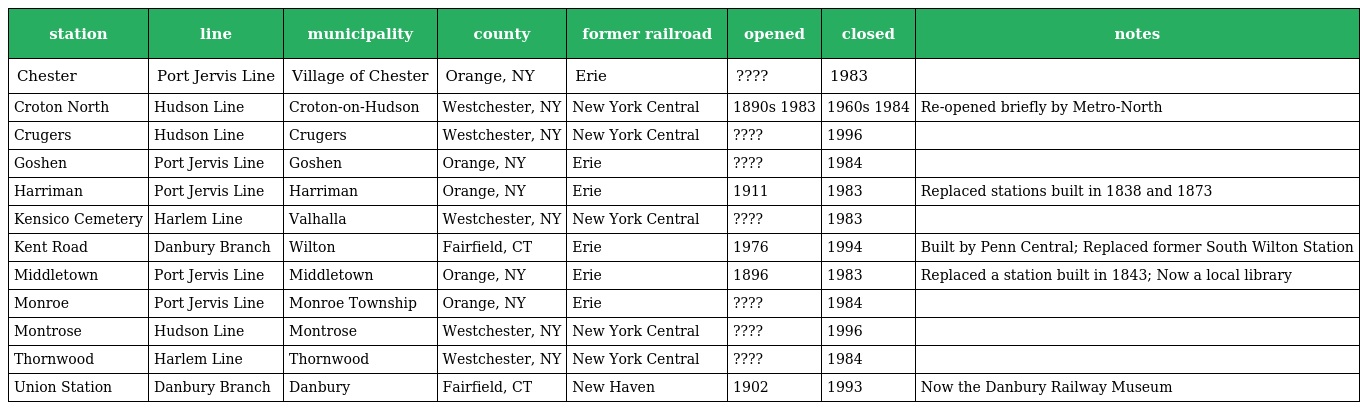
| station | line | municipality | county | former railroad | opened | closed | notes |
 | --- | --- | --- | --- | --- | --- | --- | --- |
 | Chester | Port Jervis Line | Village of Chester | Orange, NY | Erie | ???? | 1983 |  |
 | Croton North | Hudson Line | Croton-on-Hudson | Westchester, NY | New York Central | 1890s 1983 | 1960s 1984 | Re-opened briefly by Metro-North |
 | Crugers | Hudson Line | Crugers | Westchester, NY | New York Central | ???? | 1996 |  |
 | Goshen | Port Jervis Line | Goshen | Orange, NY | Erie | ???? | 1984 |  |
 | Harriman | Port Jervis Line | Harriman | Orange, NY | Erie | 1911 | 1983 | Replaced stations built in 1838 and 1873 |
 | Kensico Cemetery | Harlem Line | Valhalla | Westchester, NY | New York Central | ???? | 1983 |  |
 | Kent Road | Danbury Branch | Wilton | Fairfield, CT | Erie | 1976 | 1994 | Built by Penn Central; Replaced former South Wilton Station |
 | Middletown | Port Jervis Line | Middletown | Orange, NY | Erie | 1896 | 1983 | Replaced a station built in 1843; Now a local library |
 | Monroe | Port Jervis Line | Monroe Township | Orange, NY | Erie | ???? | 1984 |  |
 | Montrose | Hudson Line | Montrose | Westchester, NY | New York Central | ???? | 1996 |  |
 | Thornwood | Harlem Line | Thornwood | Westchester, NY | New York Central | ???? | 1984 |  |
 | Union Station | Danbury Branch | Danbury | Fairfield, CT | New Haven | 1902 | 1993 | Now the Danbury Railway Museum |